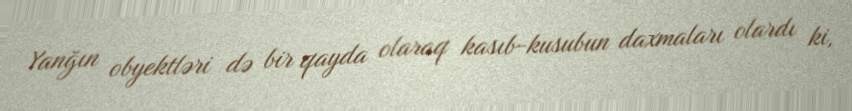
Yanğın obyektləri də bir qayda olaraq kasıb-kusubun daxmaları olardı ki,